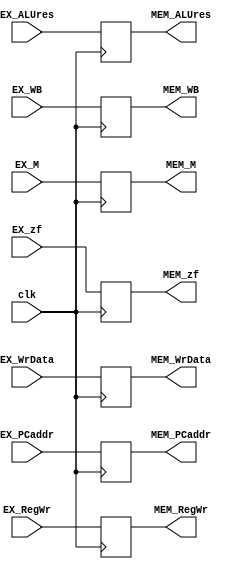
module EXMEMreg(clk, EX_PCaddr,EX_zf,EX_ALUres,EX_WrData,EX_RegWr,EX_WB,EX_M,
						MEM_PCaddr,MEM_zf,MEM_ALUres,MEM_WrData,MEM_RegWr,MEM_WB,MEM_M);
	input clk,EX_zf;
	input [31:0]EX_PCaddr,EX_ALUres,EX_WrData;
	input [4:0]EX_RegWr;
	input [1:0]EX_WB;
	input [2:0]EX_M;
	output reg [31:0]MEM_PCaddr,MEM_ALUres,MEM_WrData;
	output reg [4:0]MEM_RegWr;
	output reg [1:0]MEM_WB;
	output reg [2:0]MEM_M;
	output reg MEM_zf;
	
	always@(posedge clk)
	begin
		MEM_PCaddr <= EX_PCaddr;
		MEM_zf <= EX_zf;
		MEM_ALUres <= EX_ALUres;
		MEM_WrData <= EX_WrData;
		MEM_RegWr <= EX_RegWr;
		MEM_WB <= EX_WB;
		MEM_M <= EX_M;
	end
endmodule